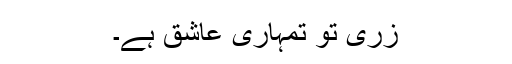
زری تو تمہاری عاشق ہے۔